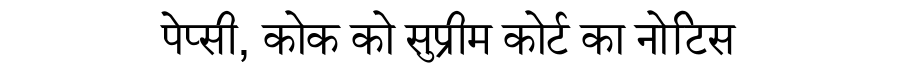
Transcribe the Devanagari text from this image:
पेप्सी, कोक को सुप्रीम कोर्ट का नोटिस